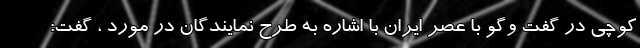
کوچی در گفت وگو با عصر ایران با اشاره به طرح نمایندگان در مورد ، گفت: